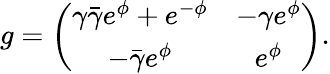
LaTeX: g=\left(\begin{array}{ccc}{{\gamma\bar{\gamma}e^{\phi}+e^{-\phi}}}&{{-\gamma e^{\phi}}}\\ {{-\bar{\gamma}e^{\phi}}}&{{e^{\phi}}}\end{array}\right).